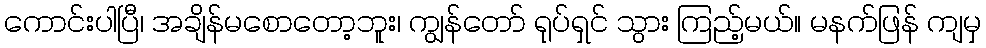
ကောင်းပါပြီ၊ အချိန်မစောတော့ဘူး၊ ကျွန်တော် ရုပ်ရှင် သွား ကြည့်မယ်။ မနက်ဖြန် ကျမှ